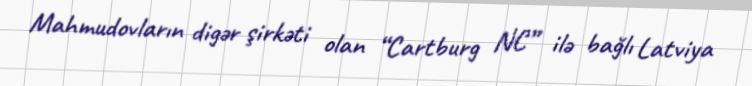
Mahmudovların digər şirkəti olan “Cartburg NC” ilə bağlı Latviya